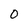
Character: 0